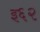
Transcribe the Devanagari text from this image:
इ६२